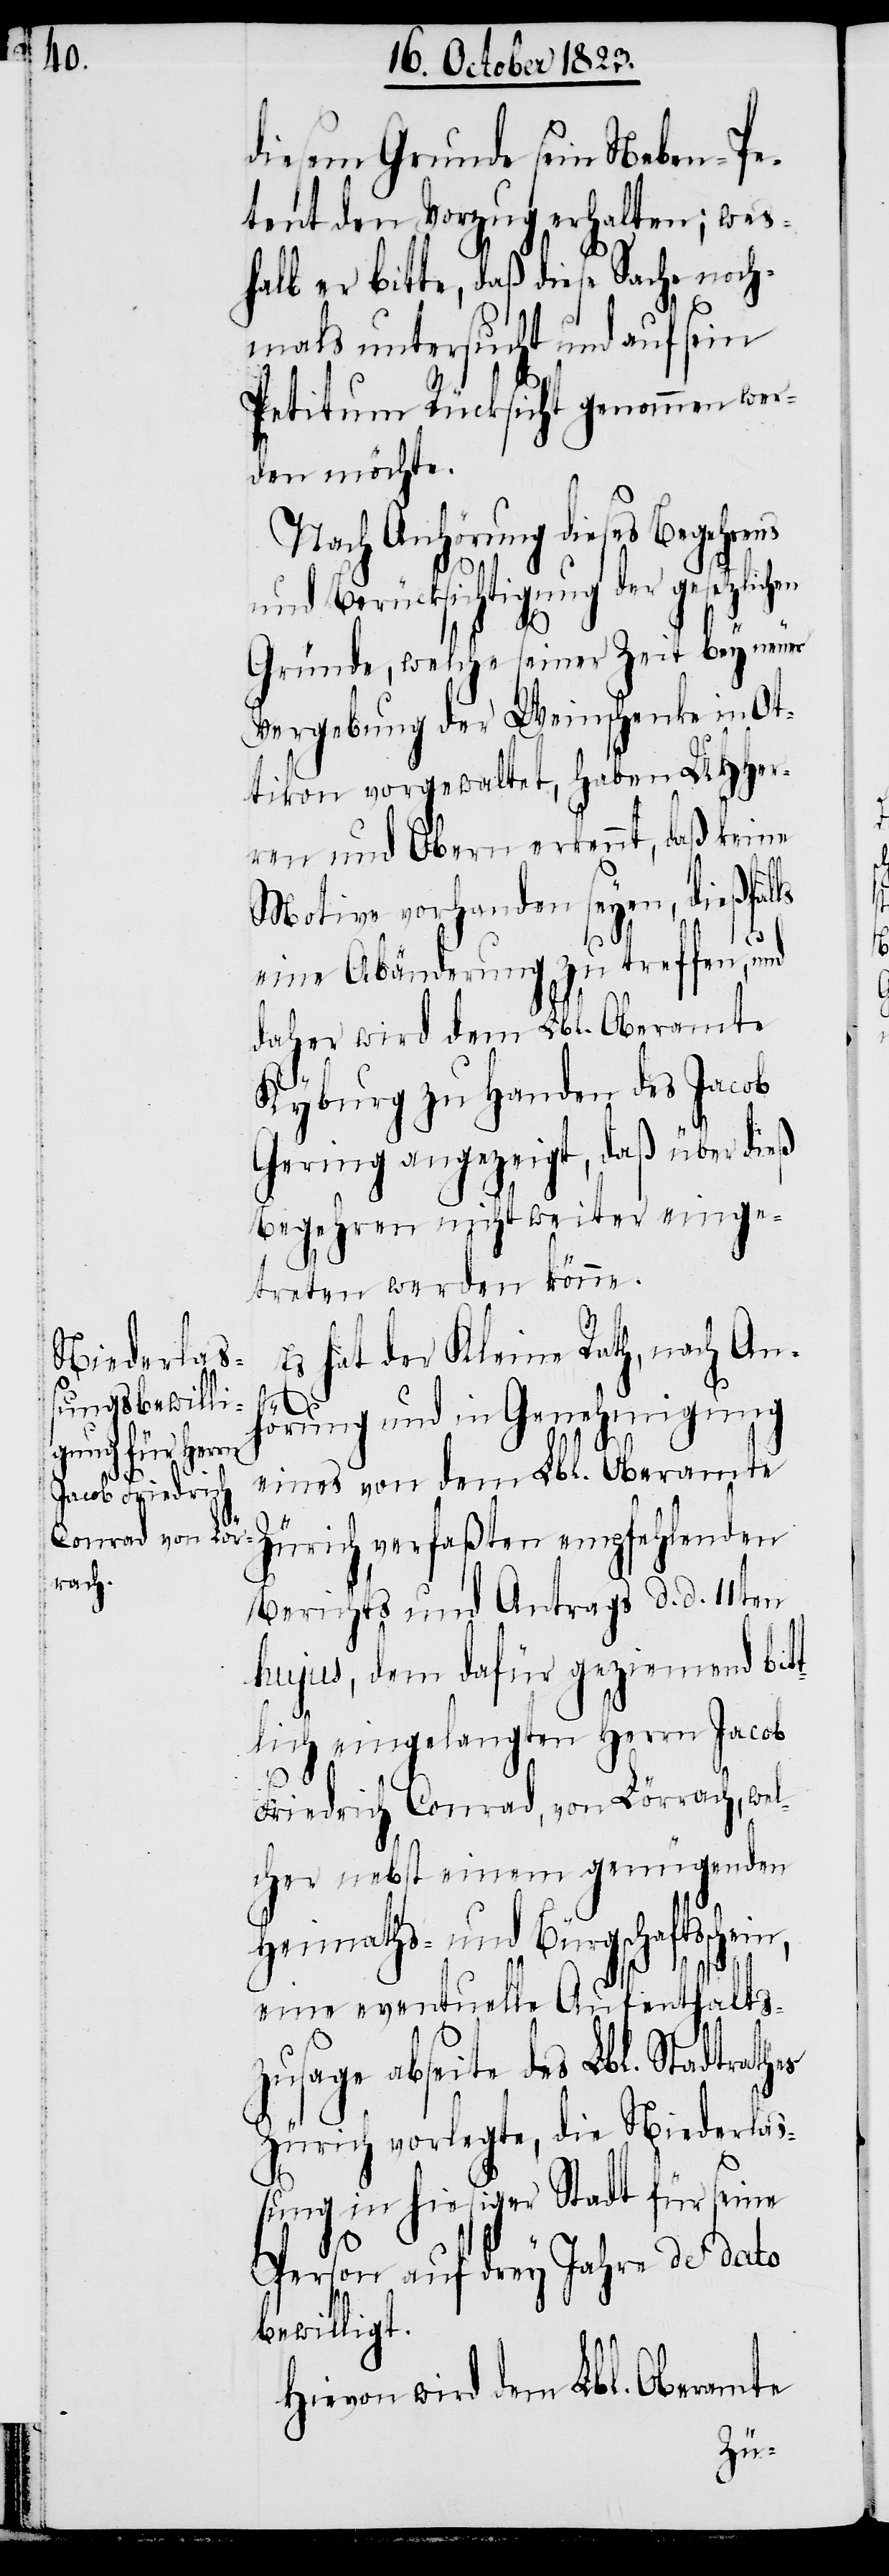
diesem Grunde sein Neben-Pe¬
tent den Vorzug erhalten; wes¬
halb er bitte, daß diese Sache noch¬
mals untersucht und auf sein
Petitum Rücksicht genommen wer¬
den möchte.
Nach Anhörung dieses Begehrens
und Berücksichtigung der gesetzlic¬
Gründe, welche seiner Zeit bey neuer
Vergebung der Weinschenke in Ot¬
tikon vorgewaltet, haben UHHer¬
ren und Obern erkennt, daß keine
Motive vorhanden seyen, dießfal¬
eine Abänderung zu treffen, und
daher wird dem Lbl. Oberamte
Kyburg zu Handen des Jacob
Gering angezeigt, daß über dieß
Begehren nicht weiter einge¬
treten werden könne.
Es hat der Kleine Rath, nach An¬
hen
hörung und in Genehmigung
eines von dem Lbl. Oberamte
Zürich verfaßten empfehlenden
Berichts und Antrags d. d. 11ten
hujus, dem dafür geziemend bit¬
tlich eingelangten Herrn Jacob
Friedrich Conrad, von Lörrach, wel¬
cher nebst einem genügenden
Heimaths- und Bürgschaftsschein,
ls
eine eventuelle Aufenthalts¬
zusage abseite des Lbl. Stadtrathes
Zürich vorlegte, die Niederla¬
ßung in hiesiger Stadt für seine
Person auf drey Jahre de dato
bewilligt.
Hievon wird dem Lbl. Oberamte